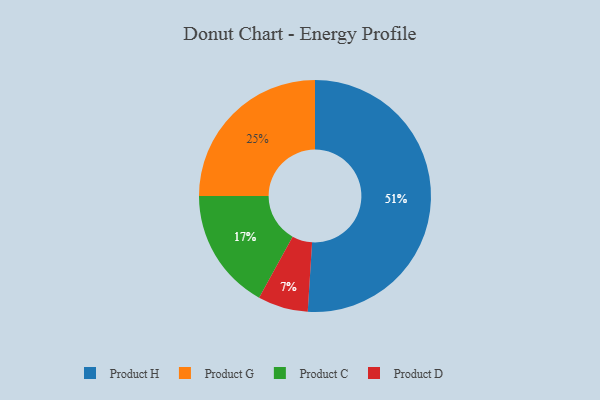
{"axis": {"x": "Category", "y": "Percentage"}, "legend": ["Product C", "Product D", "Product G", "Product H"], "data": [{"x": "Product H", "y": 51, "type": "Product H"}, {"x": "Product D", "y": 7, "type": "Product D"}, {"x": "Product C", "y": 17, "type": "Product C"}, {"x": "Product G", "y": 25, "type": "Product G"}]}